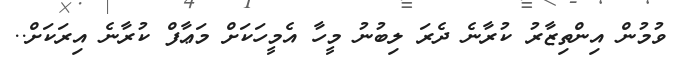
ވުމުން އިންތިޒާރު ކުރާނެ ދެރަ ލިބުނު މީހާ އެމީހަކަށް މަޢާފް ކުރާނެ އިރަކަށް..